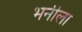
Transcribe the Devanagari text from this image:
भनीला